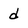
Character: d